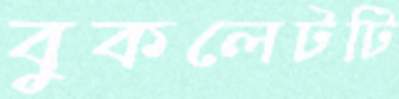
বুকলেটটি